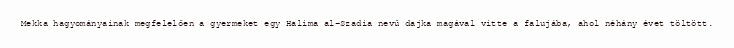
Mekka hagyományainak megfelelően a gyermeket egy Halima al-Szadia nevű dajka magával vitte a falujába, ahol néhány évet töltött.